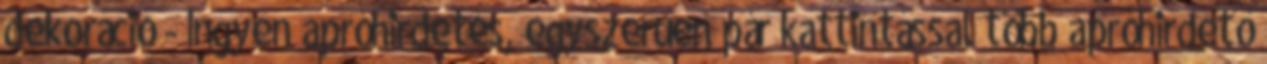
dekoráció - Ingyen apróhirdetés, egyszerűen pár kattintással több apróhirdető